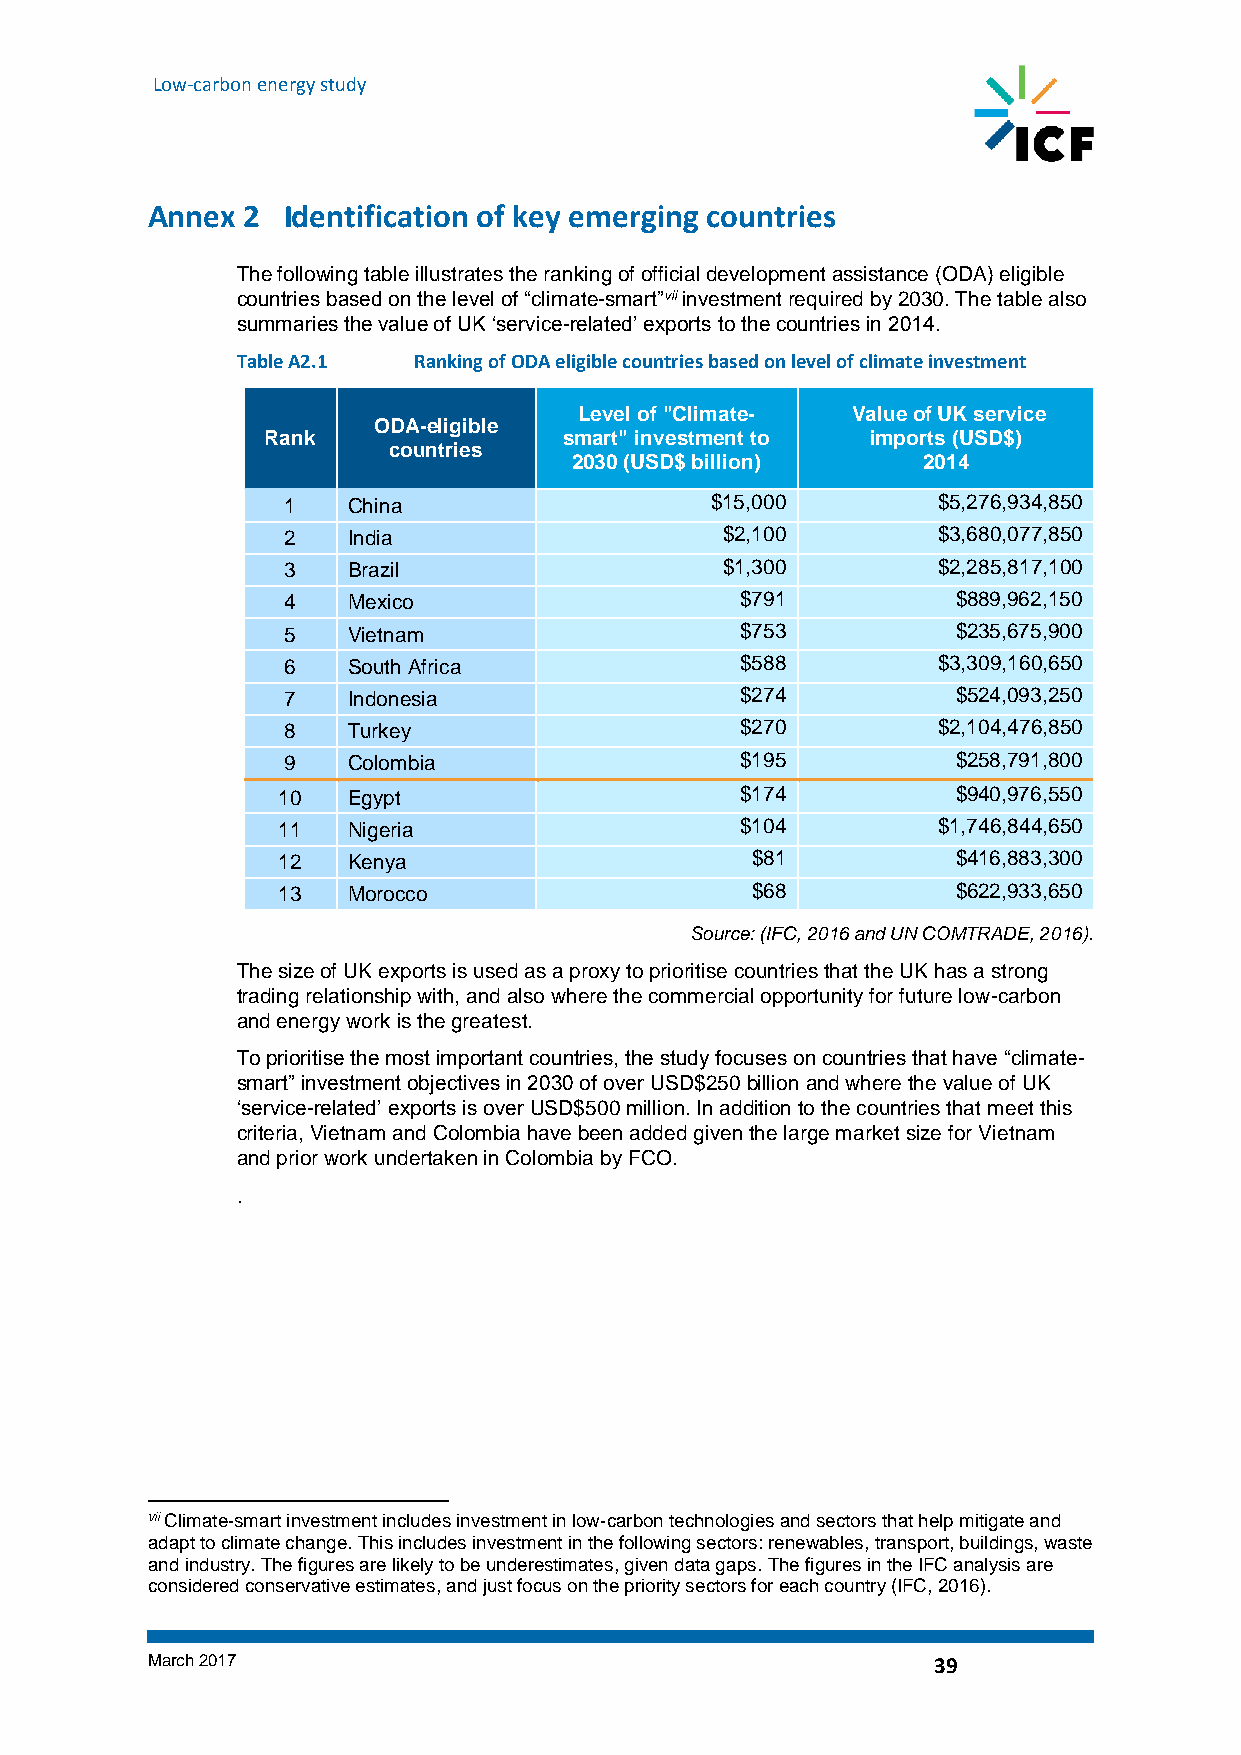
Low-carbon energy study
 Annex 2  Identification of key emerging countries
 The following table illustrates the ranking of official development assistance (ODA) eligible
 countries based on the level of “climate-smart”vii investment required by 2030. The table also
 summaries the value of UK ‘service-related’ exports to the countries in 2014.
 Table A2.1 Ranking of ODA eligible countries based on level of climate investment
 Level of "Climate- Value of UK service
 ODA-eligible
 Rank                smart" investment to imports (USD$)
 countries
 2030 (USD$ billion)    2014
 1   China                   $15,000        $5,276,934,850
 2   India                    $2,100        $3,680,077,850
 3   Brazil                   $1,300        $2,285,817,100
 4   Mexico                    $791          $889,962,150
 5   Vietnam                   $753          $235,675,900
 6   South Africa              $588         $3,309,160,650
 7   Indonesia                 $274          $524,093,250
 8   Turkey                    $270         $2,104,476,850
 9   Colombia                  $195          $258,791,800
 10   Egypt                     $174          $940,976,550
 11   Nigeria                   $104         $1,746,844,650
 12   Kenya                      $81          $416,883,300
 13   Morocco                    $68          $622,933,650
 Source: (IFC, 2016 and UN COMTRADE, 2016).
 The size of UK exports is used as a proxy to prioritise countries that the UK has a strong
 trading relationship with, and also where the commercial opportunity for future low-carbon
 and energy work is the greatest.
 To prioritise the most important countries, the study focuses on countries that have “climate-
 smart” investment objectives in 2030 of over USD$250 billion and where the value of UK
 ‘service-related’ exports is over USD$500 million. In addition to the countries that meet this
 criteria, Vietnam and Colombia have been added given the large market size for Vietnam
 and prior work undertaken in Colombia by FCO.
 .
 vii Climate-smart investment includes investment in low-carbon technologies and sectors that help mitigate and
 adapt to climate change. This includes investment in the following sectors: renewables, transport, buildings, waste
 and industry. The figures are likely to be underestimates, given data gaps. The figures in the IFC analysis are
 considered conservative estimates, and just focus on the priority sectors for each country (IFC, 2016).
 March 2017                                          39